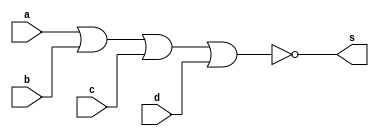
//
//exercicioguia_09_um
//Nome :Eneas
//-----------------------------------------------------------
module xorgate (s,a,b,c,d);                  // DESNECESSARIO, PODE TIRAR

output s;
input a , b , c , d;
assign s=~ (a|b|c|d);

endmodule //xorgate
//---------------------------------------------------------
module primeiro;                             // DESNECESSARIO, PODE TIRAR
reg a,b,c,d;
wire s;
xorgate Xor1(s,a,b,c,d);
//usando display

initial begin

    $display ("primeiro");
    $display ("xorgate");
	 $display ("\na |b=s\n");
	 a=0;b=0;c=0;d=0;
 #1 $display("%b|%b|%b|%b=%b",a,b,c,d,s);
    a=0;b=0;c=0;d=1;
 #1 $display("%b|%b|%b|%b=%b",a,b,c,d,s);
    a=0;b=0;c=1;d=0;
 #1 $display("%b|%b|%b|%b=%b",a,b,c,d,s);
    a=0;b=0;c=1;d=1;
 #1 $display("%b|%b|%b|%b=%b",a,b,c,d,s);
    a=0;b=1;c=0;d=0;
 #1 $display("%b|%b|%b|%b=%b",a,b,c,d,s);
    a=0;b=1;c=0;d=1;
 #1 $display("%b|%b|%b|%b=%b",a,b,c,d,s);
    a=0;b=1;c=1;d=0;
 #1 $display("%b|%b|%b|%b=%b",a,b,c,d,s);
    a=0;b=1;c=1;d=1;
 #1 $display("%b|%b|%b|%b=%b",a,b,c,d,s);
    a=1;b=0;c=0;d=0;
 #1 $display("%b|%b|%b|%b=%b",a,b,c,d,s);
    a=1;b=0;c=0;d=1;
 #1 $display("%b|%b|%b|%b=%b",a,b,c,d,s);
    a=1;b=0;c=1;d=0;
 #1 $display("%b|%b|%b|%b=%b",a,b,c,d,s);
    a=1;b=0;c=1;d=1;
 #1 $display("%b|%b|%b|%b=%b",a,b,c,d,s);
	 a=1;b=1;c=0;d=0;
 #1 $display("%b|%b|%b|%b=%b",a,b,c,d,s);
    a=1;b=1;c=0;d=1;
 #1 $display("%b|%b|%b|%b=%b",a,b,c,d,s);
    a=1;b=1;c=1;d=0;
 #1 $display("%b|%b|%b|%b=%b",a,b,c,d,s);
     a=1;b=1;c=1;d=1;
 #1 $display("%b|%b|%b|%b=%b",a,b,c,d,s);

end
endmodule //xorgate
//------------------------------------------------------------------
// geradorpulso
module pulso(pul);
output pul;
reg pul;
reg p,q;

initial
begin

pul=1'b0;

end
always
begin
#30 pul=~pul;                // ISSO DEVE FICAR NO GERADOR DE CLOCK
#20 pul=0;                   // ISSO NAO PARECE SER NECESSARIO, PASSAR PARA OUTRO LUGAR
#15 pul=1;                   // ISSO NAO PARECE SER NECESSARIO, PASSAR PARA OUTRO LUGAR
#100 $finish;                // ISSO NAO PARECE SER NECESSARIO, PASSAR PARA O TESTE

//@(pulso)p=q;
end
endmodule
//------------------------------------
//module geraronda(wave);
//initial
//pul=1'b0;
//initial
// begin 

//#15 pul=1;
//#20 pul=0;
//#30 pul=1;
//#60 pul=0;
//end ;